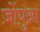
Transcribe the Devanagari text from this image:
ज़ोंघुआ